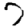
Digit: 7